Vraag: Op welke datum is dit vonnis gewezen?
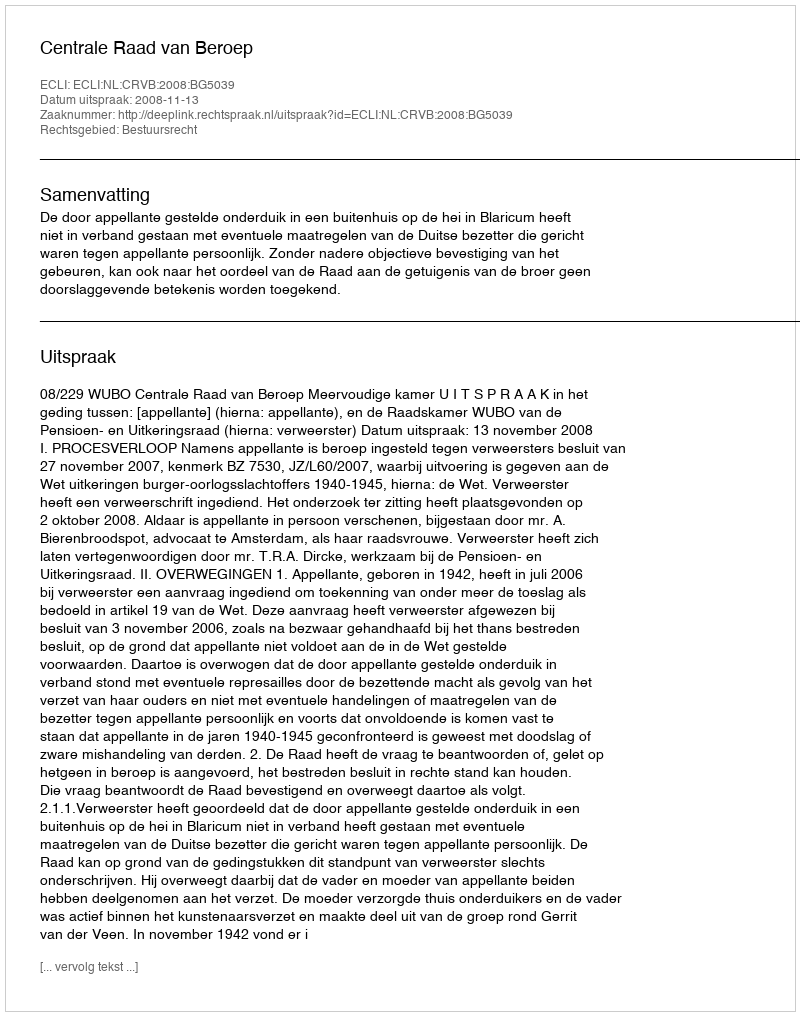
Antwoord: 2008-11-13